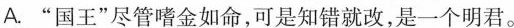
A.”国王”尽管嗜金如命，可是知错就改，是一个明君。